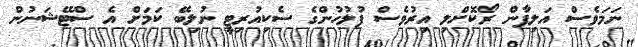
ނަމަވެސް އަލިފާން ރޯކޮށްލި އިރުވެސް ފުލުހުންގެ ސެކިއުރިޓީ ނުލިބޭ ކަމަށް އެ ސްޓޭޝަނުން